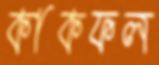
কাকফল